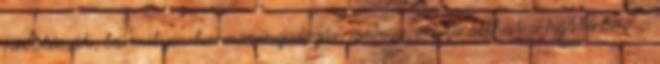
problémák, bármilyen hormoningadozás, mióma, ciszta állhat a háttérben. -